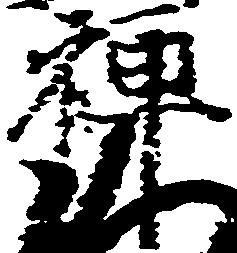
禅